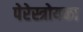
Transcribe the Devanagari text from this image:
पेरेस्त्रोयका